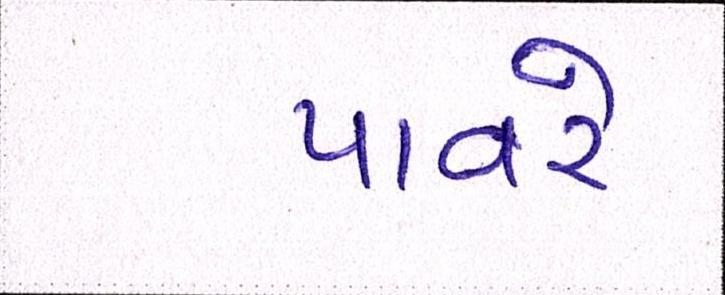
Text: પાવરે